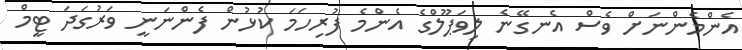
އެންމެންނަށް ވެސް އެނގޭނެ ލިވަޕޫލްގެ އެންމެ ފުރިހަމަ ކުޅުން ފެންނަނީ ވަރުގަދަ ޓީމް